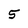
Character: 5